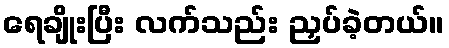
ရေချိုးပြီး လက်သည်း ညှပ်ခဲ့တယ်။